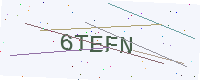
Text: 6TEFN